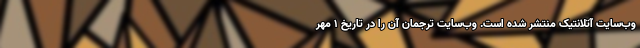
وب‌سایت آتلانتیک منتشر شده است. وب‌سایت ترجمان آن را در تاریخ ۱ مهر